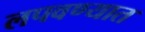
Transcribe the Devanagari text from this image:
लपवण्यात